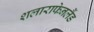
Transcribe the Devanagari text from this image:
शलाराफेनलैंड